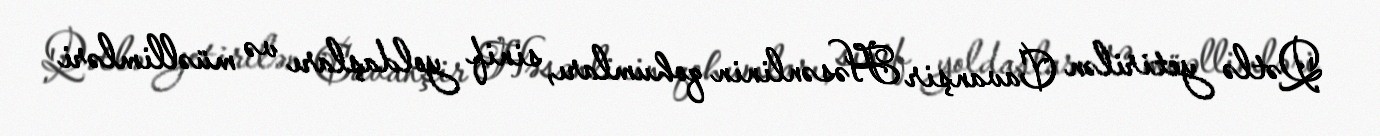
Qətlə yetirilən Cavanşir Həsənlinin qohumları, sinif yoldaşları və müəllimləri